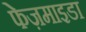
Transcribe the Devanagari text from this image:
फेज़माइडा